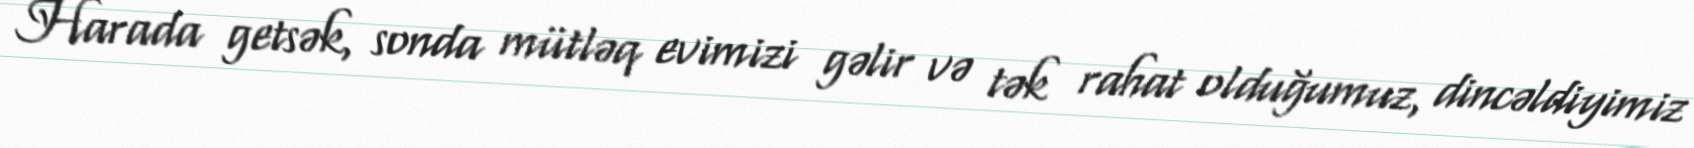
Harada getsək, sonda mütləq evimizi gəlir və tək rahat olduğumuz, dincəldiyimiz